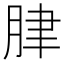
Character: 𦛌